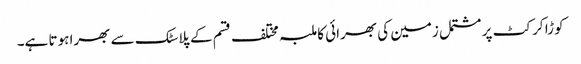
کوڑا کرکٹ پر مشتمل زمین کی بھرائی کا ملبہ مختلف قسم کے پلاسٹک سے بھرا ہوتا ہے۔